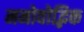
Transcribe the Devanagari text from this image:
मनोवोद्भिक